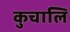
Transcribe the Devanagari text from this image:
कुचालि